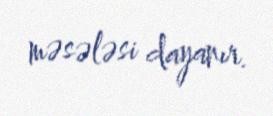
məsələsi dayanır.